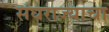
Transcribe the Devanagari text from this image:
संघराज्याचा